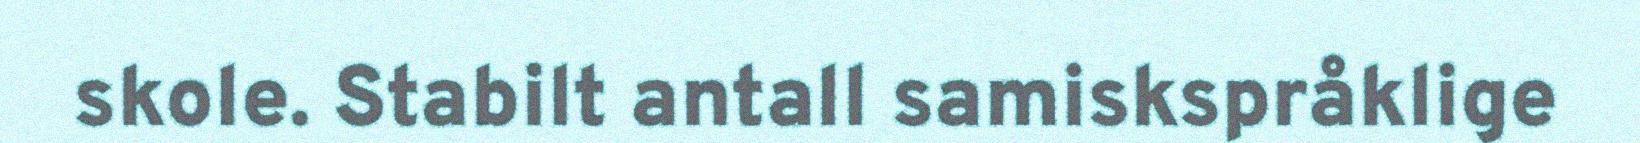
skole. Stabilt antall samiskspråklige